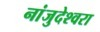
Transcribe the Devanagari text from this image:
नांजुदेश्‍वरा